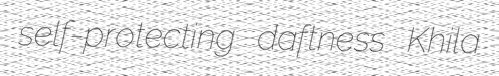
self-protecting daftness Khila